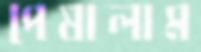
পেষালাম